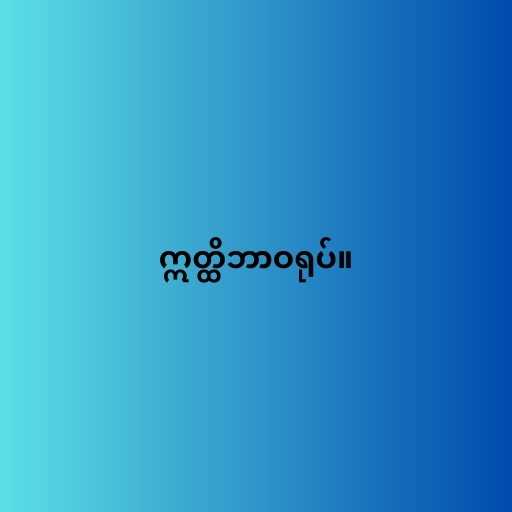
ဣတ္ထိဘာဝရုပ်။